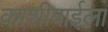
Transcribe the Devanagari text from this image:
काशीबाईला